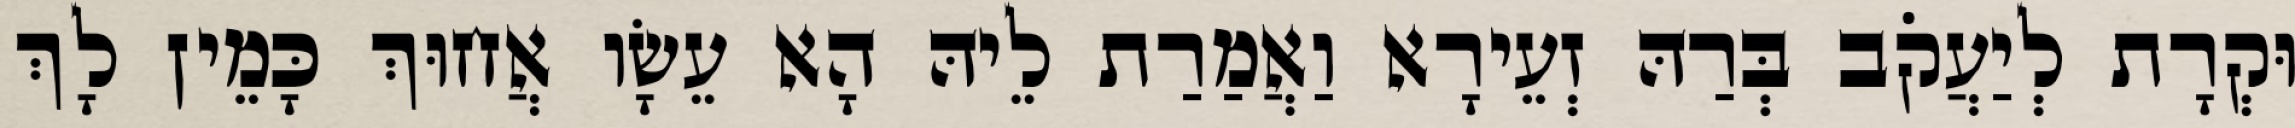
וּקְרָת לְיַעֲקֹב בְּרַהּ זְעֵירָא וַאֲמַרַת לֵיהּ הָא עֵשָׂו אֲחוּךְ כָּמֵין לָךְ